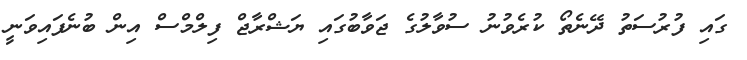
ގައި ފުރުސަތު ދޭނެތޯ ކުރެވުނު ސުވާލުގެ ޖަވާބުގައި ޔަޝްރާޖް ފިލްމްސް އިން ބުނެފައިވަނީ